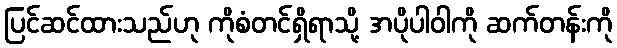
ပြင်ဆင်ထားသည်ဟု ကိုစံတင်ရှိရာသို့ အပိုပါဝါကို ဆက်တန်းကို